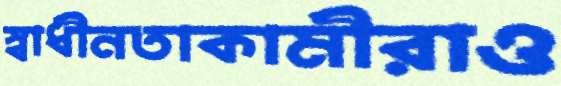
স্বাধীনতাকামীরাও